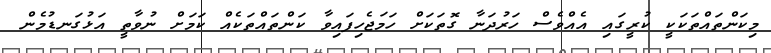
މިކަންތައްތަކަކީ ކުރީގައި އެއްވެސް ހަރުދަނާ ގޮތަކަށް ހަމަޖެހިފައިވާ ކަންތައްތަކެއް ކަމަށް ނުވާތީ އަޅުގަނޑުމެން